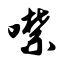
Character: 噤